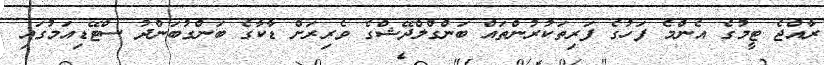
ރާއްޖެ ޓީމުގެ އެންމެ ފަހުގެ ފަރިތަކުރުންތައް ބަންގްލްދޭޝްގެ ވެރިރަށް ޑާކާގެ ބަންގުބަންދު ސްޓޭޑިއަމުގައި